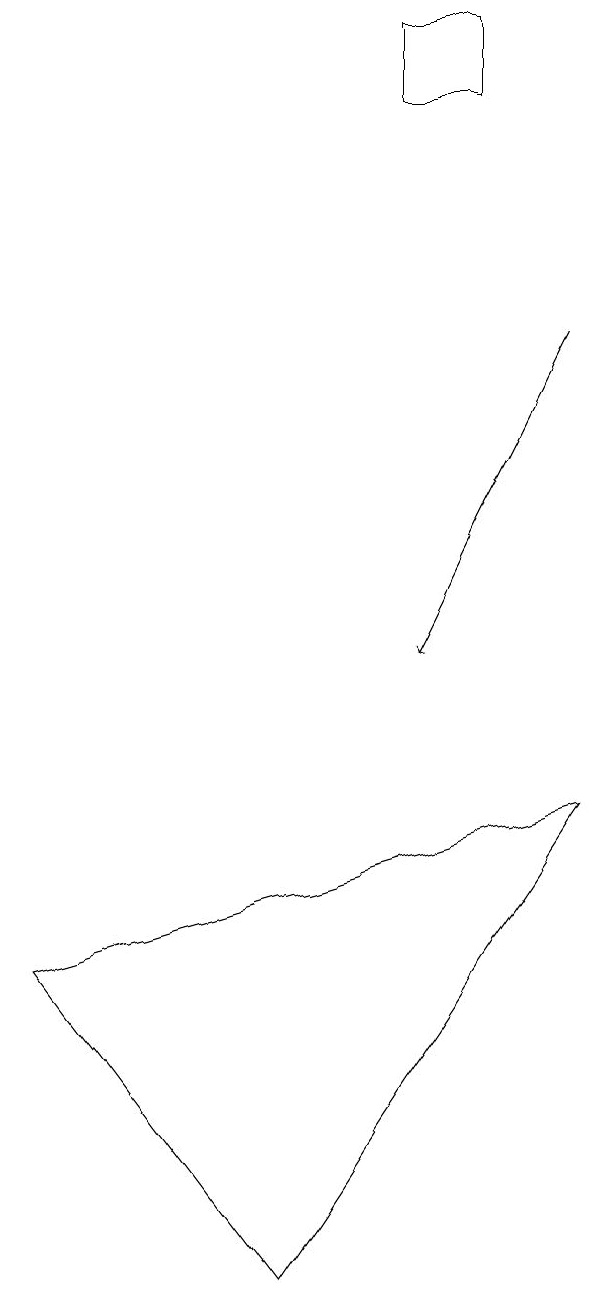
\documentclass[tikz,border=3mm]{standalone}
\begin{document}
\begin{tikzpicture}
\draw (0,7) -- (3,3) -- (7,9) -- cycle;
\draw[->] (7,15) -- (5,11);
\draw (6,19) rectangle (5,18);
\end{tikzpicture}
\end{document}